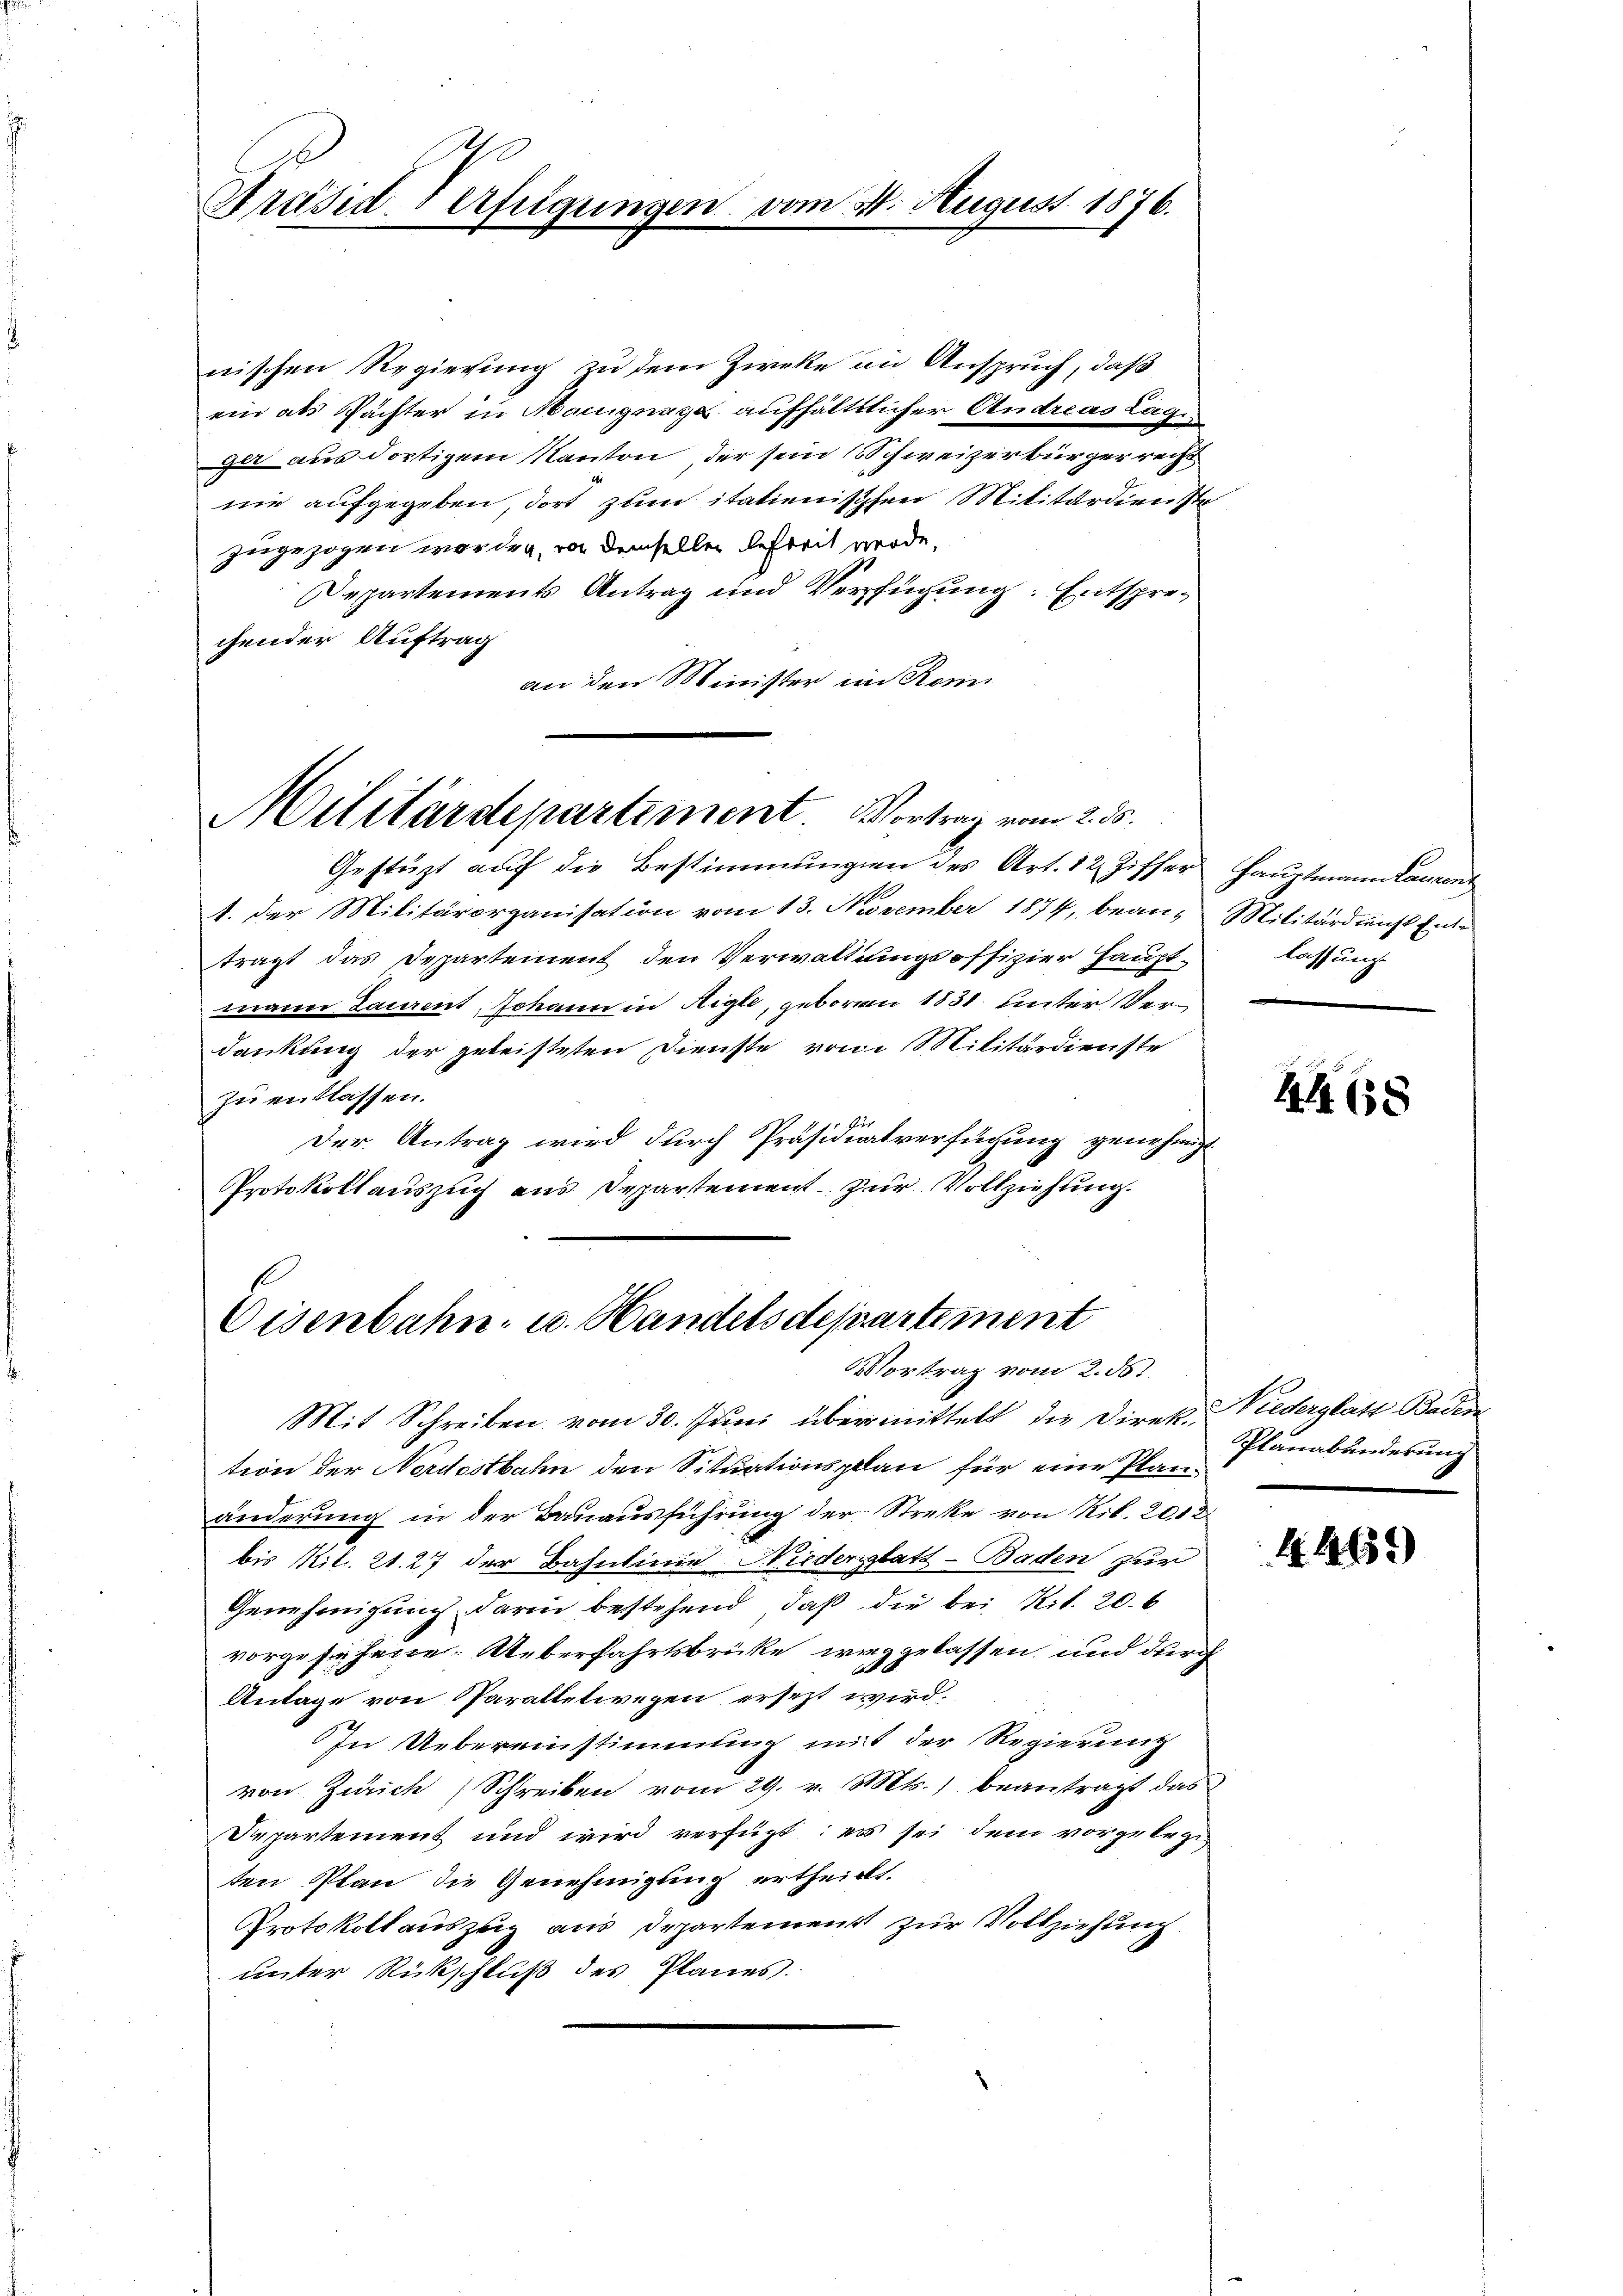
Präsid-Verfügungen vom 31. August 1876.

nischen Regierung zu dem Zweke in Anspruch, daß
ein als Pächter in Marignage aufhälttlicher Andreas Lage
gu aus dortigem Kanton, der sein Schweizerbürgerrecht
nie aufgegeben, dort zum italienischen Militärdienste
zugezogen worden, von demselben Befreit werde,
Departements Antrag und Verfügung: Entsprechender Auftrag
an den Minister im Romi

Militärdepartement. Vortrag vom 2. 55.

Gestützt auf die Bestimmungen des Art. 12 Ziffer Hauptmann Laurent
1. Der Militärorganisation vom 13. November 1874, bean-Militärdienst Ent-
tragt das Departement den Verwaltungsoffizier Hauptmann Laurent, Johann in Aigle, geboren 1831 unter Verdankung der geleisteten Dienste von Militärdienste
zu entlassen.
Der Antrag wird durch Präsidialverfügung genehmigt
Protokollauszuch aus Departement zur Vollziehung.

Eisenbahn u. Handelsdepartement
Vortrag vom 2. ds.

lassung.

Mit Schreiben vom 30. Juni übermittelt, die Direkt. Wiederglatt Baden
tion der Nordostbahn den Situationsplan für eine Planänderung in der Bauausführung der Streke von Rib. 2018.
bis Mit 21. 27 der Bahnlinie Wiederglatt - Baden zur
Genehmigung darin bestehend, daß die bei Rit. 20. 6
vorgesehene. Ueberfahrtsbrücke irrggelassen und durch
Antage von Paralletwegen ersezt wird:
In Uebereinstimmung mit der Regierung
von Zürich Schreiben vom 29. v. Mts., beantragt das
Departement und wird verfügt: es sei dem vorgelegt,
ten Plan die Genehmigung ertheilt.
Protokoll auszug aus Departement zur Vollziehung.
unter Rückschluß des Planes.

4468

Planabänderung

4. 469)